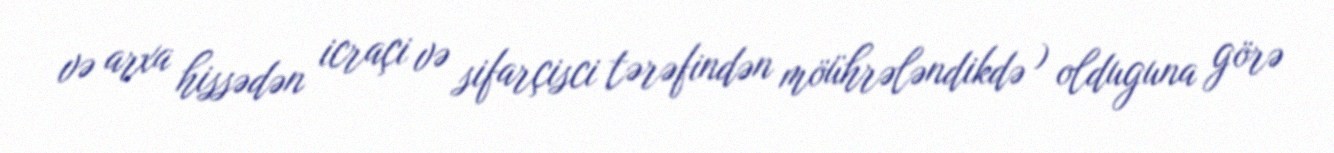
və arxa hissədən icraçi və sifarçisci tərəfindən möührələndikdə ) olduguna görə